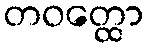
တဝတ္ထော